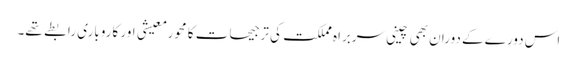
اس دورے کے دوران بھی چینی سربراہ مملکت کی ترجیحات کا محور معیشی اور کاروباری رابطے تھے۔